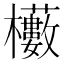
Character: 𭬼